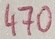
Text: 470